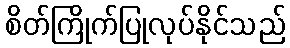
စိတ်ကြိုက်ပြုလုပ်နိုင်သည်